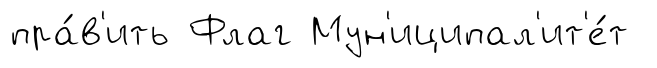
пра́в'ить Флаг Мун'иципал'ит'е́т